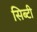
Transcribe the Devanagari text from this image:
सिब्‍टी